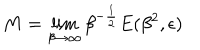
LaTeX: M = \lim _ { \beta \rightarrow \infty } \beta ^ { - { \frac { 1 } { 2 } } } E ( \beta ^ { 2 } , \epsilon )